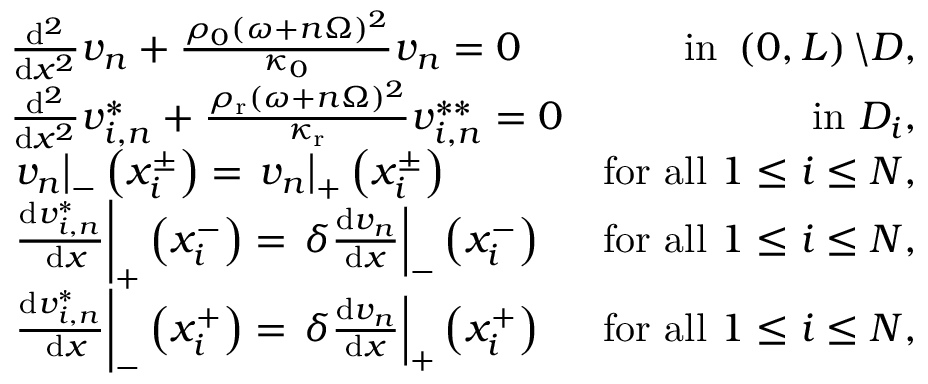
\begin{array} { r l r } & { \frac { \mathrm { d } ^ { 2 } } { \mathrm { d } x ^ { 2 } } v _ { n } + \frac { \rho _ { 0 } ( \omega + n \Omega ) ^ { 2 } } { \kappa _ { 0 } } v _ { n } = 0 } & { \mathrm { ~ i n ~ } \left( 0 , L \right) \backslash D , } \\ & { \frac { \mathrm { d } ^ { 2 } } { \mathrm { d } x ^ { 2 } } v _ { i , n } ^ { * } + \frac { \rho _ { \mathrm { r } } ( \omega + n \Omega ) ^ { 2 } } { \kappa _ { \mathrm { r } } } v _ { i , n } ^ { * * } = 0 } & { \mathrm { i n ~ } D _ { i } , } \\ & { \left. v _ { n } \right| _ { - } \left( x _ { i } ^ { \pm } \right) = \left. v _ { n } \right| _ { + } \left( x _ { i } ^ { \pm } \right) } & { \mathrm { f o r ~ a l l ~ } 1 \leq i \leq N , } \\ & { \left. \frac { \mathrm { d } v _ { i , n } ^ { * } } { \mathrm { ~ d } x } \right| _ { + } \left( x _ { i } ^ { - } \right) = \left. \delta \frac { \mathrm { d } v _ { n } } { \mathrm { d } x } \right| _ { - } \left( x _ { i } ^ { - } \right) } & { \mathrm { f o r ~ a l l ~ } 1 \leq i \leq N , } \\ & { \left. \frac { \mathrm { d } v _ { i , n } ^ { * } } { \mathrm { ~ d } x } \right| _ { - } \left( x _ { i } ^ { + } \right) = \left. \delta \frac { \mathrm { d } v _ { n } } { \mathrm { d } x } \right| _ { + } \left( x _ { i } ^ { + } \right) } & { \mathrm { f o r ~ a l l ~ } 1 \leq i \leq N , } \end{array}